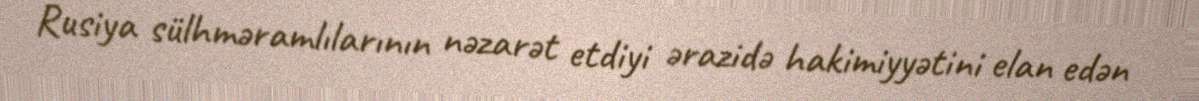
Rusiya sülhməramlılarının nəzarət etdiyi ərazidə hakimiyyətini elan edən